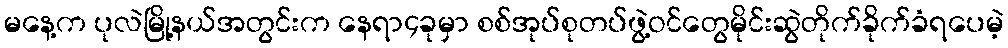
မနေ့က ပုလဲမြို့နယ်အတွင်းက နေရာ၄ခုမှာ စစ်အုပ်စုတပ်ဖွဲ့ဝင်တွေမိုင်းဆွဲတိုက်ခိုက်ခံရပေမဲ့